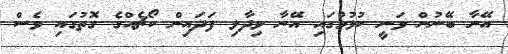
އޭނާ ބޭނުން ވަނީ ކުޅުމުގައި އޭނާ ވިދާލި ފަދައިން ކޯޗެއްގެ ގޮތުގައި ވެސް